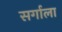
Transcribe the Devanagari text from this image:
सर्गाला